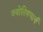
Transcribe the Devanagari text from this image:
ज्योतिषचार्य